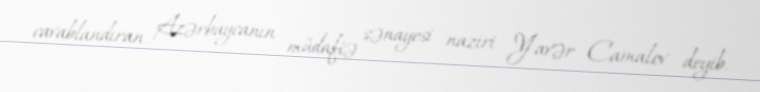
cavablandıran Azərbaycanın müdafiə sənayesi naziri Yavər Camalov deyib.